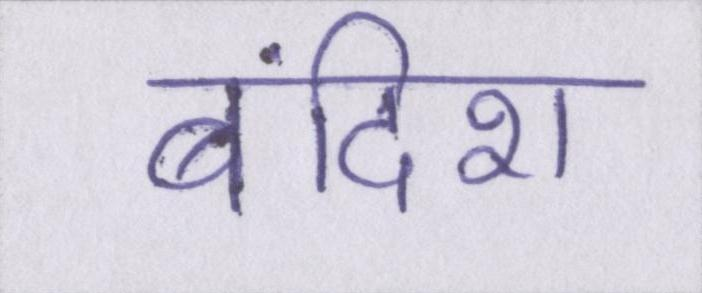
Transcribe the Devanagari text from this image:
बंदिश